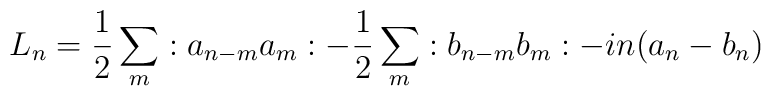
L_n={\frac 1 2}\sum\limits_{m}:a_{n-m}a_m:-{\frac 1 2}\sum\limits_{m}:b_{n-m}b_m:-in(a_n-b_n)